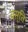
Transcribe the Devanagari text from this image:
वस़्ति